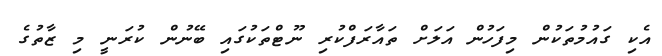
އެކި ގައުމުތަކުން މިފަހުން އަލަށް ތައާރަފްކުރި ނޫޓްތަކުގައި ބޭނުން ކުރަނީ މި ޒާތުގެ